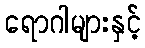
ရောဂါများနှင့်